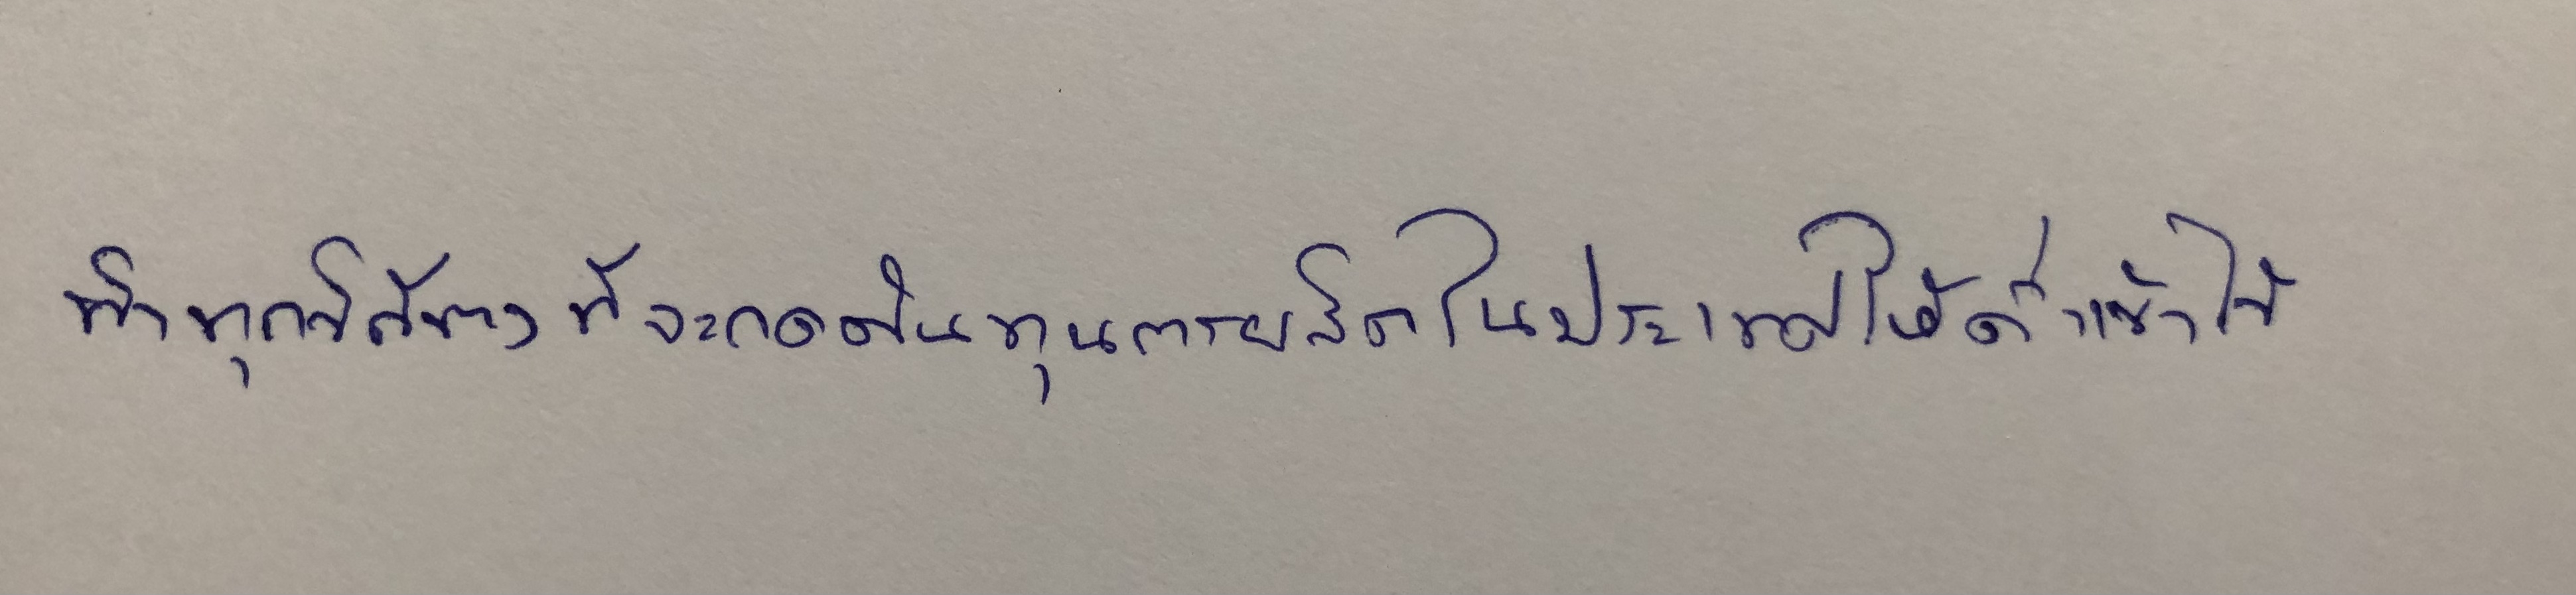
ทำทุกวิถีทางที่จะกดต้นทุนการผลิตในประเทศให้ต่ำเข้าไว้